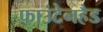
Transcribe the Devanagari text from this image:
फाउंटेनहैड